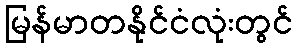
မြန်မာတနိုင်ငံလုံးတွင်